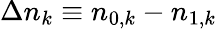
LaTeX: \Delta n_{k}\equiv n_{0,k}-n_{1,k}